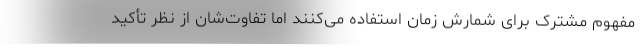
مفهوم مشترک برای شمارش زمان استفاده می‌کنند اما تفاوت‌شان از نظر تأکید